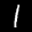
Label: 1